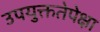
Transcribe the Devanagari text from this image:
उपयुक्ततेपेक्षा